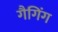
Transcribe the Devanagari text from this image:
गैगिंग